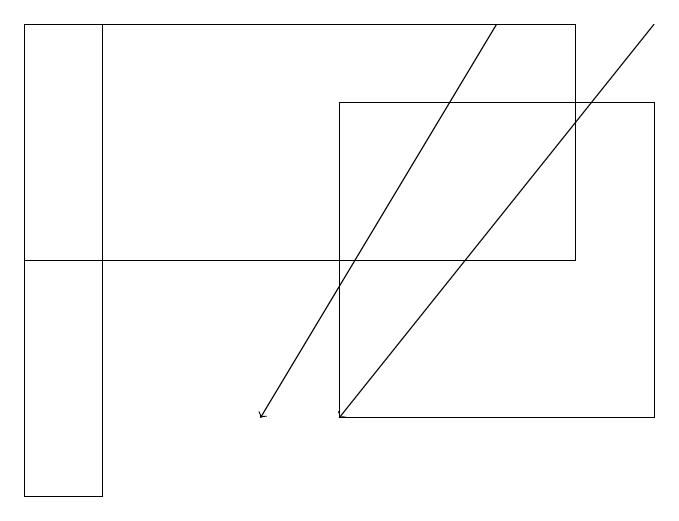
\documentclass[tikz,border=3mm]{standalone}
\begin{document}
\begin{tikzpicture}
\draw[->] (8,19) -- (4,14);
\draw (8,14) rectangle (4,18);
\draw (5,16) rectangle (7,16);
\draw[->] (6,19) -- (3,14);
\draw (7,16) rectangle (0,19);
\draw (1,19) rectangle (0,13);
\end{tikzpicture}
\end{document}